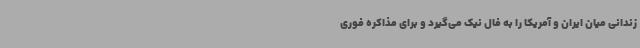
زندانی میان ایران و آمریکا را به فال نیک می‌گیرد و برای مذاکره فوری